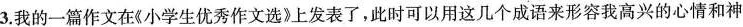
3.我的一篇作文在《小学生优秀作文选》上发表了，此时可以用这几个成语来形容我高兴的心情和神